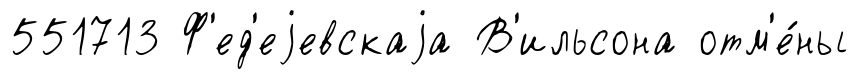
551713 Ф'ед'еjевскаjа В'ильсона отм'е́ны